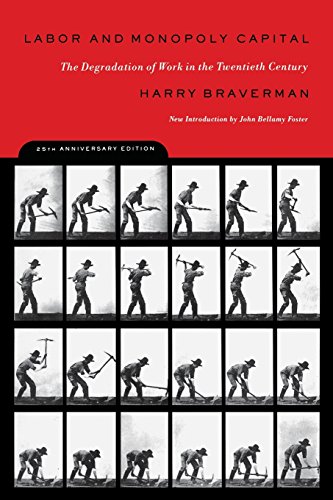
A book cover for Labor and Monopoly Capital: The Degradation of Work in the Twentieth Century; Harry Braverman; Business & Money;